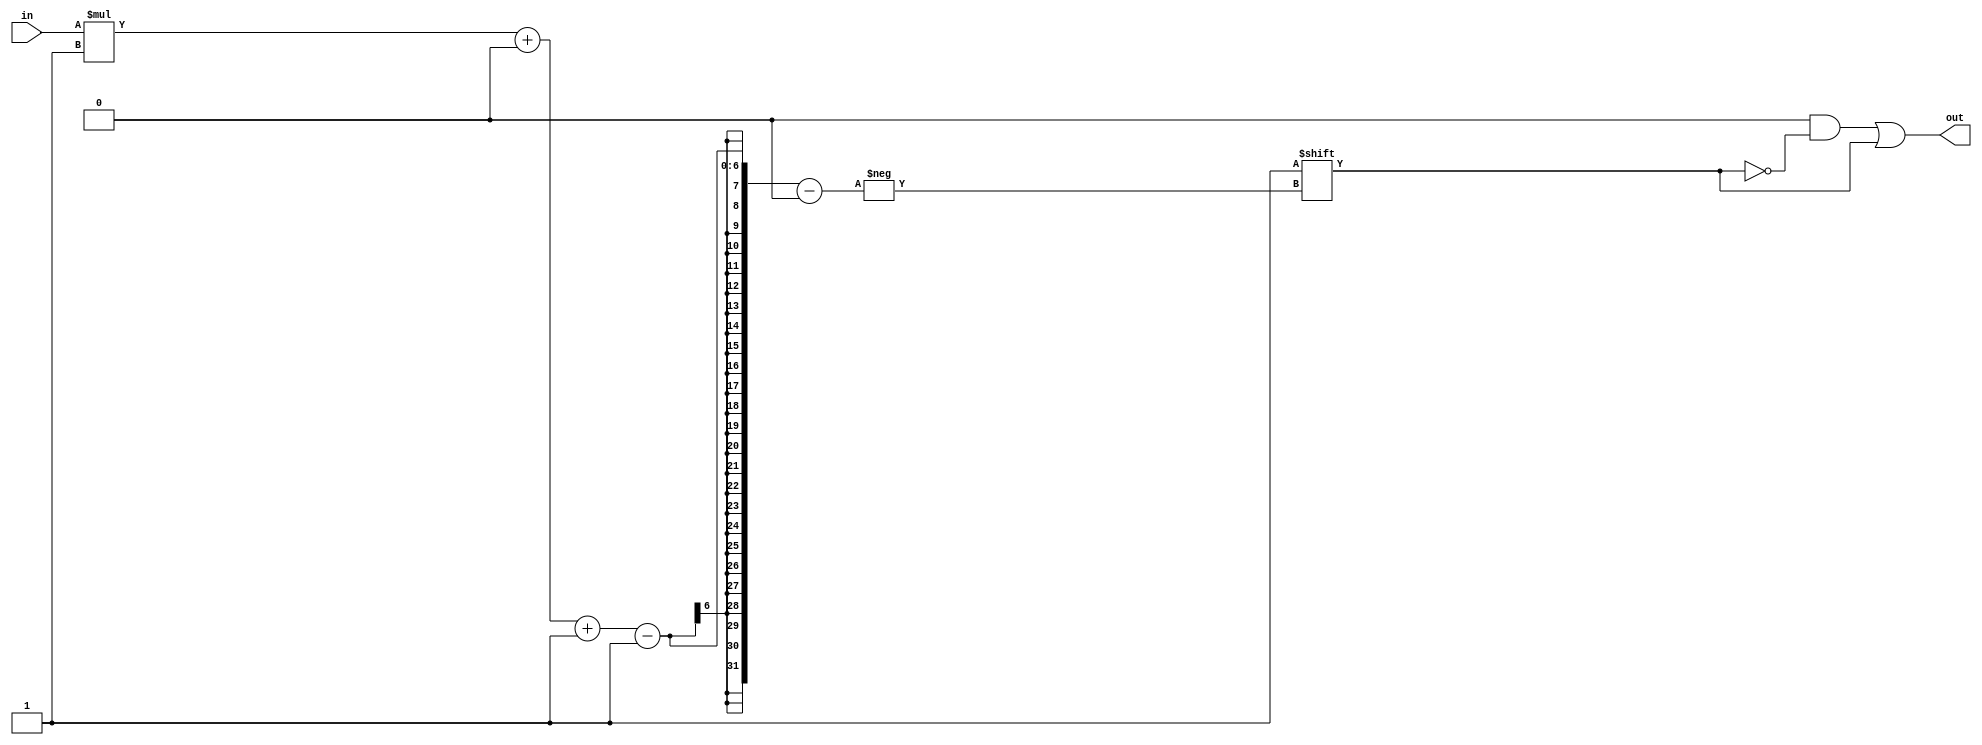
/*
   This file was generated automatically by the Mojo IDE version B1.3.6.
   Do not edit this file directly. Instead edit the original Lucid source.
   This is a temporary file and any changes made to it will be destroyed.
*/

/*
   Parameters:
     WIDTH = DIGIT_BITS
*/
module decoder_12 (
    input [2:0] in,
    output reg [7:0] out
  );
  
  localparam WIDTH = 2'h3;
  
  
  always @* begin
    out = 1'h0;
    out[(in)*1+0-:1] = 1'h1;
  end
endmodule